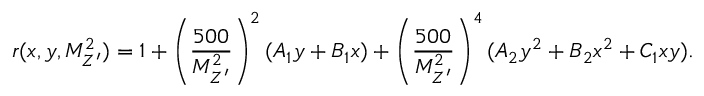
r ( x , y , M _ { Z ^ { \prime } } ^ { 2 } ) = 1 + \left( \frac { 5 0 0 } { M _ { Z ^ { \prime } } ^ { 2 } } \right) ^ { 2 } ( A _ { 1 } y + B _ { 1 } x ) + \left( \frac { 5 0 0 } { M _ { Z ^ { \prime } } ^ { 2 } } \right) ^ { 4 } ( A _ { 2 } y ^ { 2 } + B _ { 2 } x ^ { 2 } + C _ { 1 } x y ) .